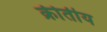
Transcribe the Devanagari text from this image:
क्रीतीय